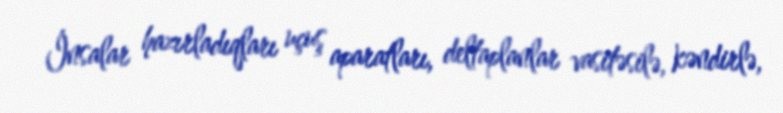
İnsalar hazırladıqları uçuş aparatları, deltaplanlar vasitəsilə, kəndirlə,